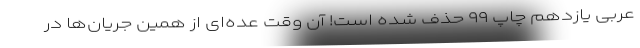
عربی یازدهم چاپ ۹۹ حذف شده است! آن وقت عده‌ای از همین جریان‌ها در